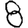
Digit: 8